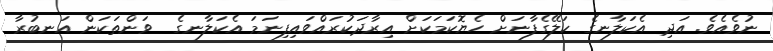
ނުވެއެވެ. އަދި އެކަލާނގެ ކަލޭގެފާނަށް ހެޔޮކަމަކަށް އިރާދަކުރައްވައިފިނަމަ އެކަލާނގެ  ވަންތަކަން އަނބުރާ